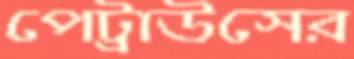
পেট্রাউসের